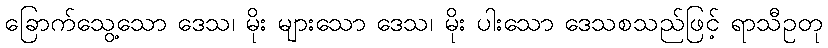
ခြောက်သွေ့သော ဒေသ၊ မိုး များသော ဒေသ၊ မိုး ပါးသော ဒေသစသည်ဖြင့် ရာသီဥတု